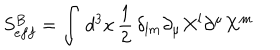
S _ { e f f } ^ { B } = \int \, d ^ { 3 } x \, \frac { 1 } { 2 } \, \delta _ { l m } \partial _ { \mu } X ^ { l } \partial ^ { \mu } X ^ { m }